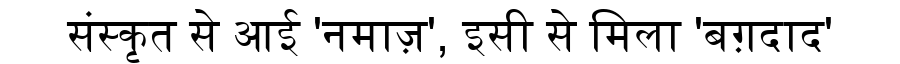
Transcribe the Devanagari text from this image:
संस्कृत से आई 'नमाज़', इसी से मिला 'बग़दाद'